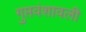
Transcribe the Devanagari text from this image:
गुप्तवंशावली